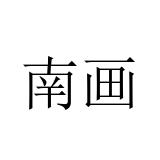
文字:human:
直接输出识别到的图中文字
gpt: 南画